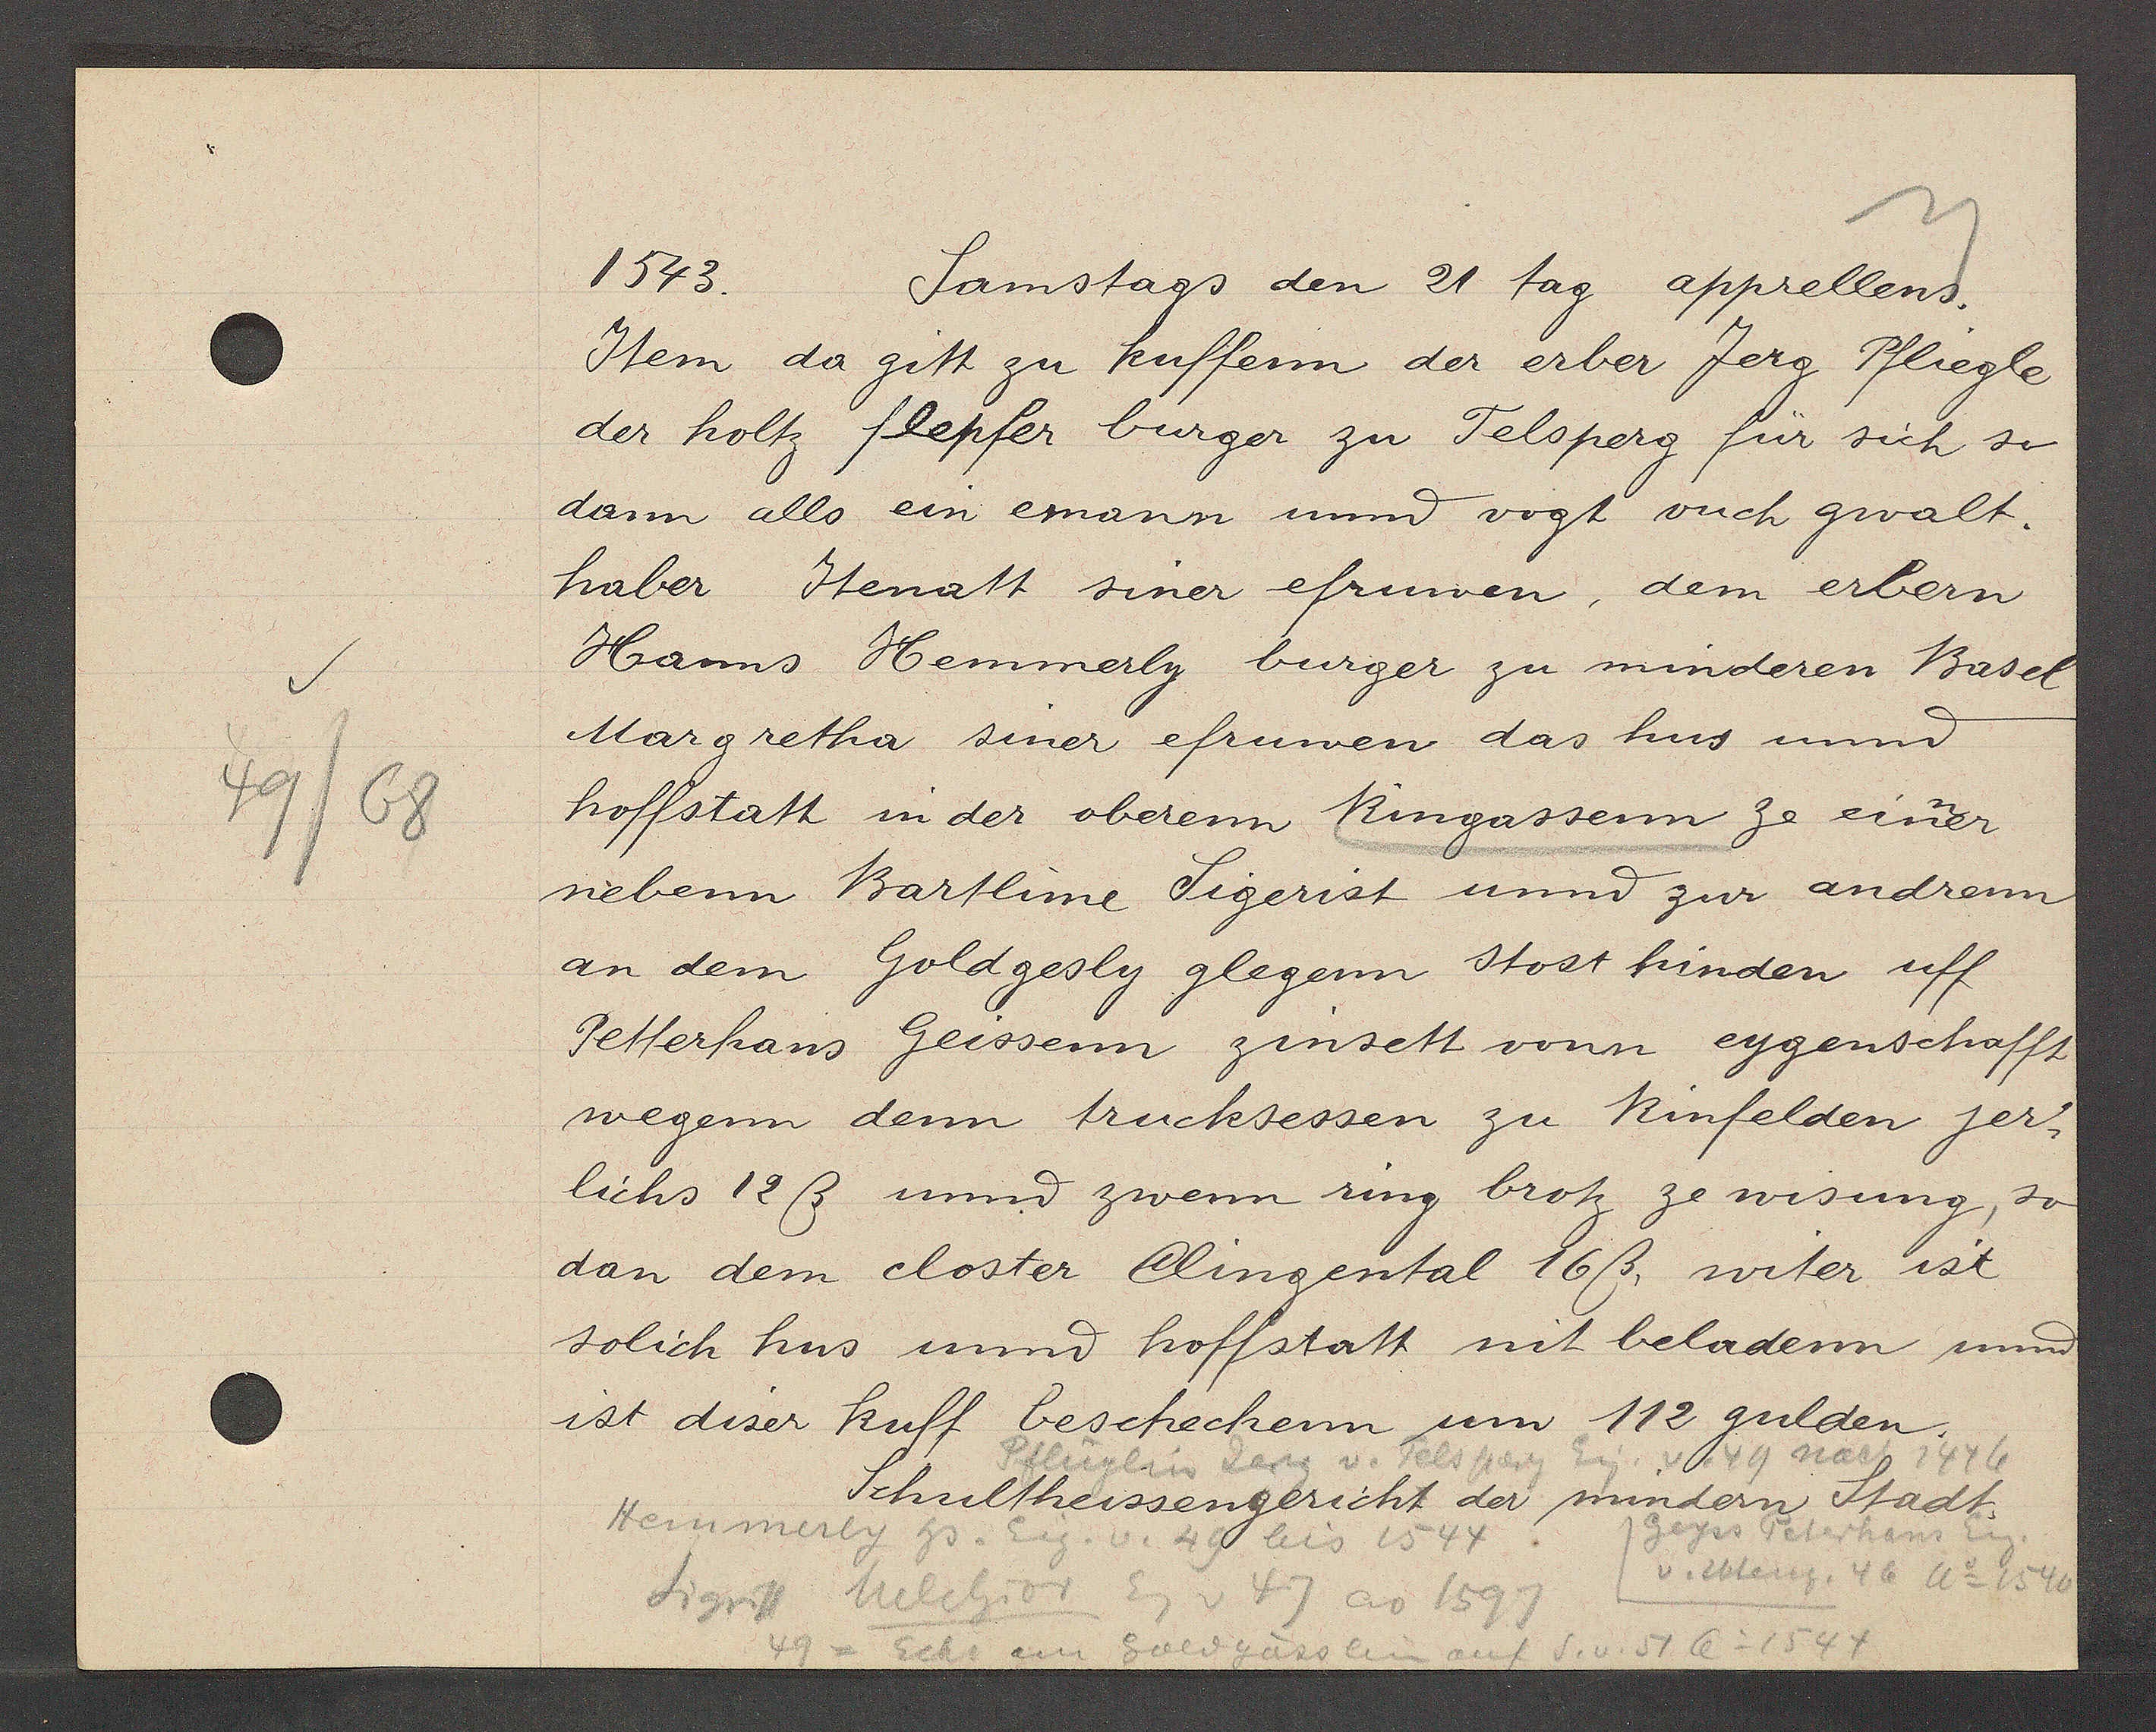
Transcript:
49/68

1543.
Samstags den 21 tag apprellens.

Item da gitt zu Kuffern der erber Jerg Pfliegle
der holtz flepfer burger zu Telsperg für sich so
dann alls ein emann und vogt vuch gwalt.
haber Stenatt siner efruwen, dem erbern
Hanns Hemmerly burger zu minderen Basel
Margretha siner efruwen das hus und
hoffstatt in der oberen Ringassenn ze einner
nebenn Bartlime Sigerist unnd zur andrenn
an dem Goldgesly glegenn stost hinden uff
Petterhans Geissenn zinsett vonn eygenschafft
wegenn dem trucksessen zu Rinfelden jer¬
lichs 12 ß und zwenn ring brotz ze wisung, so
dan dem closter Clingental 16ß, witer ist
solich hus unnd hoffstatt mit beladenn unnd
ist diser kuff beschechenn um 112 gulden.

Schultheissengericht der mindern Stadt.

Pflüglin Jerg v. Felsberg Eig. v. 49 nach 1446
Heinmerly hs. Eig. v. 49 bis 1544
Geyss Peterhans Eig.
v. Uteng, 46 Ao 1546
Sigrist Melchior Eg v 47 ao 1597
49 = Ecke am Goldgässlein auf S.v.51 Ao 1544